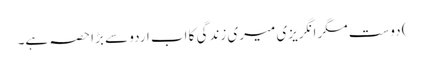
) دوست مگر انگریزی میری زندگی کا اب اردو سے بڑا حصہ ہے۔